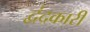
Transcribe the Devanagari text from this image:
द्वंदकारी